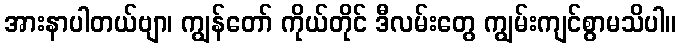
အားနာပါတယ်ဗျာ၊ ကျွန်တော် ကိုယ်တိုင် ဒီလမ်းတွေ ကျွမ်းကျင်စွာမသိပါ။